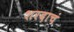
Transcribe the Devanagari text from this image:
शरदाचं